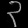
Digit: ၃